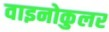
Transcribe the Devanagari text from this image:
वाइनोकुलर